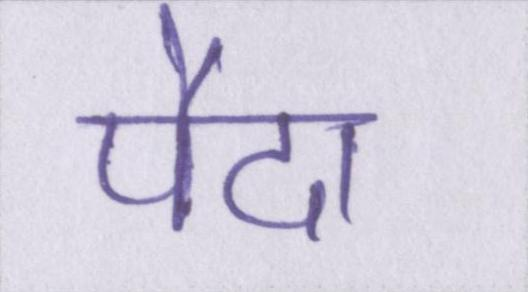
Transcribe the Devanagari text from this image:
पैदा